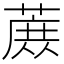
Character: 𬞈